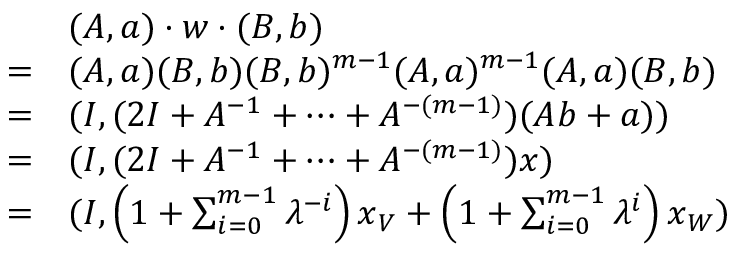
\begin{array} { r l } & { ( A , \boldsymbol { a } ) \cdot w \cdot ( B , \boldsymbol { b } ) } \\ { = } & { ( A , \boldsymbol { a } ) ( B , \boldsymbol { b } ) ( B , \boldsymbol { b } ) ^ { m - 1 } ( A , \boldsymbol { a } ) ^ { m - 1 } ( A , \boldsymbol { a } ) ( B , \boldsymbol { b } ) } \\ { = } & { ( I , ( 2 I + A ^ { - 1 } + \cdots + A ^ { - ( m - 1 ) } ) ( A \boldsymbol { b } + \boldsymbol { a } ) ) } \\ { = } & { ( I , ( 2 I + A ^ { - 1 } + \cdots + A ^ { - ( m - 1 ) } ) \boldsymbol { x } ) } \\ { = } & { ( I , \left( 1 + \sum _ { i = 0 } ^ { m - 1 } \lambda ^ { - i } \right) \boldsymbol { x } _ { V } + \left( 1 + \sum _ { i = 0 } ^ { m - 1 } \lambda ^ { i } \right) \boldsymbol { x } _ { W } ) } \end{array}